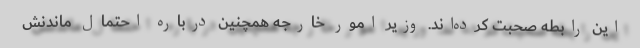
این رابطه صحبت کرده‌اند. وزیر امور خارجه همچنین درباره احتمال ماندنش